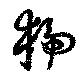
猇